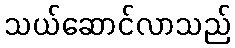
သယ်ဆောင်လာသည်